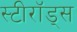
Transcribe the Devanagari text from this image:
स्टीरॉड्स